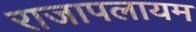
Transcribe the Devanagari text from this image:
राजापलायम